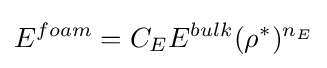
E^{foam}=C_{E}E^{bulk}(\rho ^{*})^{n_{E}}